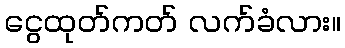
ငွေထုတ်ကတ် လက်ခံလား။